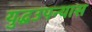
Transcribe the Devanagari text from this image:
युद्धउपन्यास